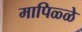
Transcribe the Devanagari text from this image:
मापिळ्ळे